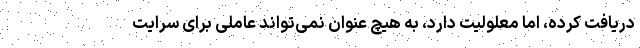
دریافت کرده، اما معلولیت دارد، به هیچ عنوان نمی‌تواند عاملی برای سرایت